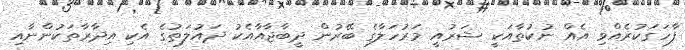
ފާހަގަކުރެއްވި އެއް ނުކުތާއަކީ ޝަރުއީ މަރުހަލާގެ ބޭރުން ދީބާޖާއާއެކު ދައުލަތުގެ އެކި އިދާރާތަކުންނާއި